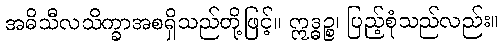
အဓိသီလသိက္ခာအစရှိသည်တို့ဖြင့်။ ဣဒ္ဓဉ္စ၊ ပြည့်စုံသည်လည်း။